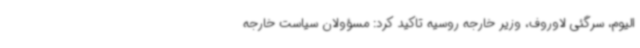
الیوم، سرگئی لاوروف، وزیر خارجه روسیه تاکید کرد: مسؤولان سیاست خارجه